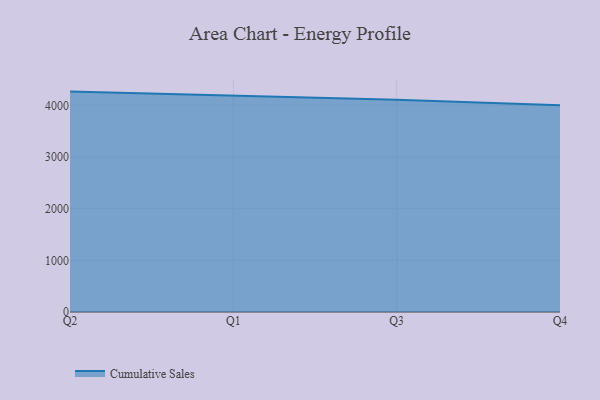
{"axis": {"x": "Quarter", "y": "Latency (ms)"}, "legend": ["Cumulative Sales"], "data": [{"x": "Q2", "y": 4265.2, "type": "Cumulative Sales"}, {"x": "Q1", "y": 4189.0, "type": "Cumulative Sales"}, {"x": "Q3", "y": 4108.8, "type": "Cumulative Sales"}, {"x": "Q4", "y": 4000.6, "type": "Cumulative Sales"}]}